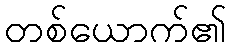
တစ်ယောက်၏